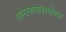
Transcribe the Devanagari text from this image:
शासनव्यवस्थेच्या